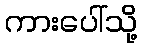
ကားပေါ်သို့